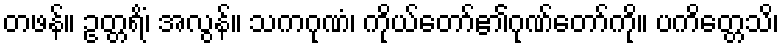
တဖန်။ ဥတ္တရိံ၊ အလွန်။ သကဂုဏံ၊ ကိုယ်တော်၏ဂုဏ်တော်ကို။ ပကိတ္တေသိ၊